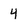
Character: 4